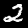
Digit: 2